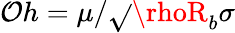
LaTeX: \mathcal{O}h=\mu/\sqrt{}{{\rhoR_{b}\sigma}}